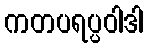
ကတပရပ္ပဝါဒါ